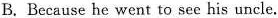
B.Because he went to see his uncle.